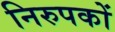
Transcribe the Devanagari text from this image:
निरुपकों